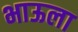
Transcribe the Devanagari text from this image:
भाऊला